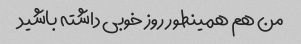
من هم همینطور روز خوبی داشته باشید